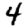
Digit: 4